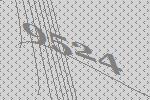
9524